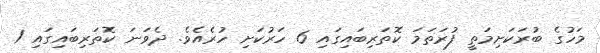
މަހުގެ ބުރަކަށިމަތީ ފުރަތަމަ ކޮތަރިބައިގައި 6 ހަރުކަށި ހުރެއެވެ. ދެވަނަ ކޮތަރިބައިގައި 1